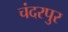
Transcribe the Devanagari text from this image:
चंदरपुर